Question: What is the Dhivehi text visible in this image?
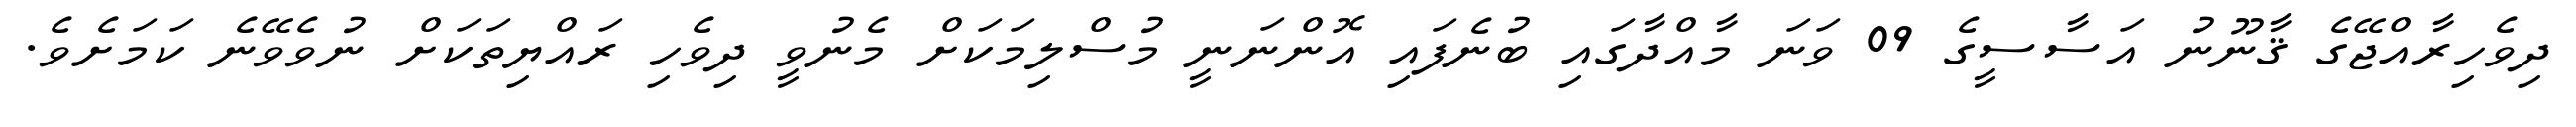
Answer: ދިވެހިރާއްޖޭގެ ޤާނޫނު އަސާސީގެ 09 ވަނަ މާއްދާގައި ބުނެފައި އޮންނަނީ މުސްލިމަކަށް މެނުވީ ދިވެހި ރައްޔިތަކަށް ނުވެވޭނެ ކަމަށެވެ.